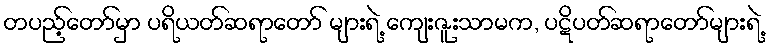
တပည့်တော်မှာ ပရိယတ်ဆရာတော် များရဲ့ ကျေးဇူးသာမက, ပဋိပတ်ဆရာတော်များရဲ့